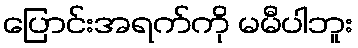
ပြောင်းအရက်ကို မမီပါဘူး